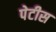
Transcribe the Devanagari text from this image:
पेटीस